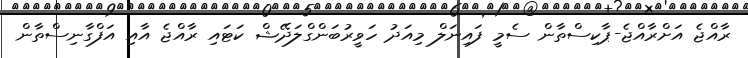
ރާއްޖެ އަށްރާއްޖެ-ޕާކިސްތާން ސެމީ ފައިނަލް މިއަދު ހަވީރުބަންގްލަދޭޝް ކަޓައި ރާއްޖެ އާއި އަފްގާނިސްތާން